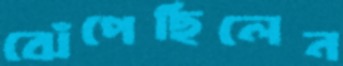
ঝেঁপেছিলেন